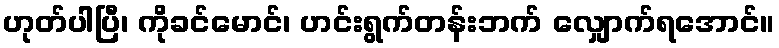
ဟုတ်ပါပြီ၊ ကိုခင်မောင်၊ ဟင်းရွက်တန်းဘက် လျှောက်ရအောင်။